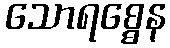
သောရစ္စေန